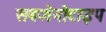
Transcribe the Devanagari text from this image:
सबजेनोटाइप